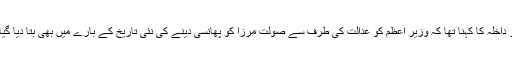
وزیر داخلہ کا کہنا تھا کہ وزیر اعظم کو عدالت کی طرف سے صولت مرزا کو پھانسی دینے کی نئی تاریخ کے بارے میں بھی بتا دیا گیا ہے۔